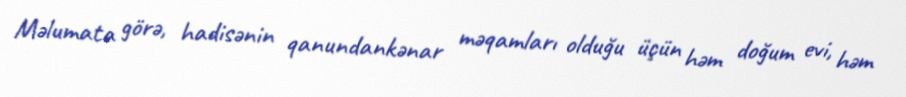
Məlumata görə, hadisənin qanundankənar məqamları olduğu üçün həm doğum evi, həm